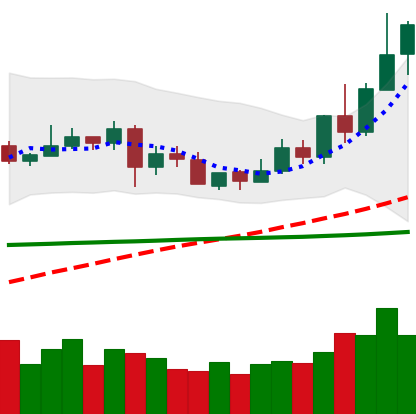
Ticker: XLM-USD
Chart end date: 2020-06-03
Forward return: -3.173%
Label: down_3_5